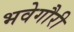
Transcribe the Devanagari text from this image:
भवेगौरी